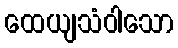
ထေယျသံဝါသော